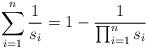
LaTeX: \begin{align*}\sum_{i=1}^n \frac{1}{s_i} = 1 - \frac{1}{\prod_{i=1}^n s_i} \end{align*}